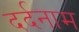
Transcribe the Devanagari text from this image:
दर्दनाम